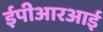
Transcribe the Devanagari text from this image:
ईपीआरआई